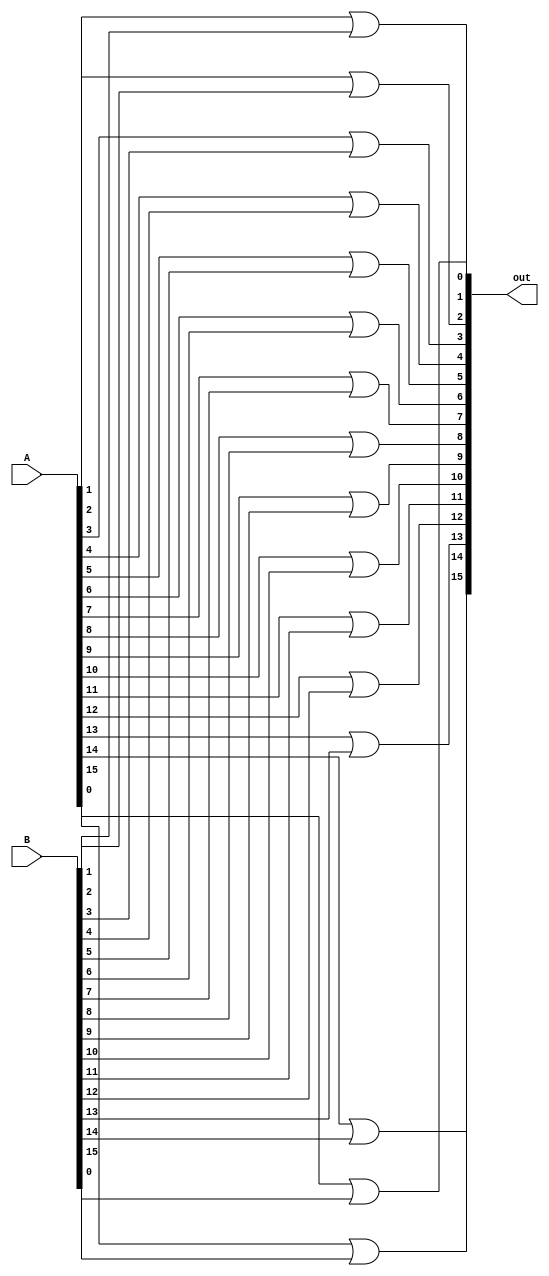
module sixteen_bit_or(out, A, B);

	parameter SIZE = 16;
	input [SIZE-1:0] A,B;
	
	
	output [SIZE-1:0] out;
	
	or or_0(out[0], A[0], B[0]);
	or or_1(out[1], A[1], B[1]);
	or or_2(out[2], A[2], B[2]);
	or or_3(out[3], A[3], B[3]);
	or or_4(out[4], A[4], B[4]);
	or or_5(out[5], A[5], B[5]);
	or or_6(out[6], A[6], B[6]);
	or or_7(out[7], A[7], B[7]);
	or or_8(out[8], A[8], B[8]);
	or or_9(out[9], A[9], B[9]);
	or or_10(out[10], A[10], B[10]);
	or or_11(out[11], A[11], B[11]);
	or or_12(out[12], A[12], B[12]);
	or or_13(out[13], A[13], B[13]);
	or or_14(out[14], A[14], B[14]);
	or or_15(out[15], A[15], B[15]);

endmodule